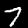
Label: 7